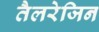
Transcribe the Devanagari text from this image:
तैलरेजिन